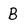
Character: B